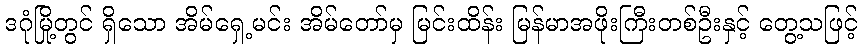
ဒဂုံမြို့တွင် ရှိသော အိမ်ရှေ့မင်း အိမ်တော်မှ မြင်းထိန်း မြန်မာအဖိုးကြီးတစ်ဦးနှင့် တွေ့သဖြင့်